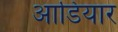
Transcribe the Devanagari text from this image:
आडियार